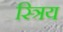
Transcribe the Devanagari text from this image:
स्त्रिय